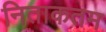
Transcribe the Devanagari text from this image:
निताकतम